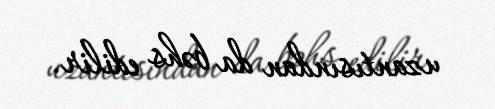
uzantısından da bəhs edilir.